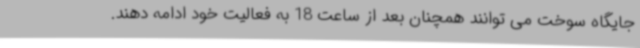
جایگاه سوخت می توانند همچنان بعد از ساعت 18 به فعالیت خود ادامه دهند.